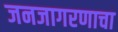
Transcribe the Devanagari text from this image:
जनजागरणाचा